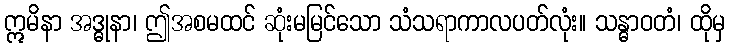
ဣမိနာ အဒ္ဓုနာ၊ ဤအစမထင် ဆုံးမမြင်သော သံသရာကာလပတ်လုံး။ သန္ဓာဝတံ၊ ထိုမှ